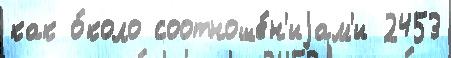
как о́коло соотноше́н'иjам'и 2453